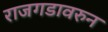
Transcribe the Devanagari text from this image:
राजगडावरुन